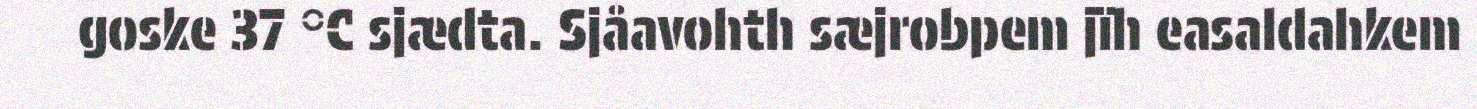
goske 37 °C sjædta. Sjåavohth sæjrobpem jïh easaldahkem